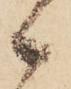
候